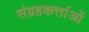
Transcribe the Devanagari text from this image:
संग्रहकर्त्ताओं